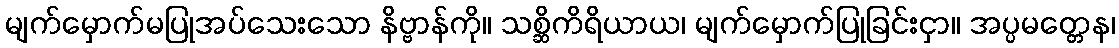
မျက်မှောက်မပြုအပ်သေးသော နိဗ္ဗာန်ကို။ သစ္ဆိကိရိယာယ၊ မျက်မှောက်ပြုခြင်းငှာ။ အပ္ပမတ္တေန၊